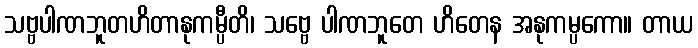
သဗ္ဗပါဏဘူတဟိတာနုကမ္ပီတိ၊ သဗ္ဗေ ပါဏဘူတေ ဟိတေန အနုကမ္ပကော။ တာယ